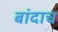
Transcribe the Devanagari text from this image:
बांदाच